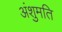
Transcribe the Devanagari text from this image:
अंशुमति